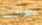
لعابك